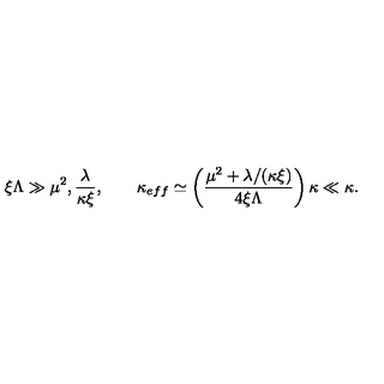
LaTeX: \xi \Lambda \gg \mu ^ { 2 } , \frac { \lambda } { \kappa \xi } , \quad \quad \kappa _ { e f f } \simeq \left( \frac { \mu ^ { 2 } + \lambda / ( \kappa \xi ) } { 4 \xi \Lambda } \right) \kappa \ll \kappa .